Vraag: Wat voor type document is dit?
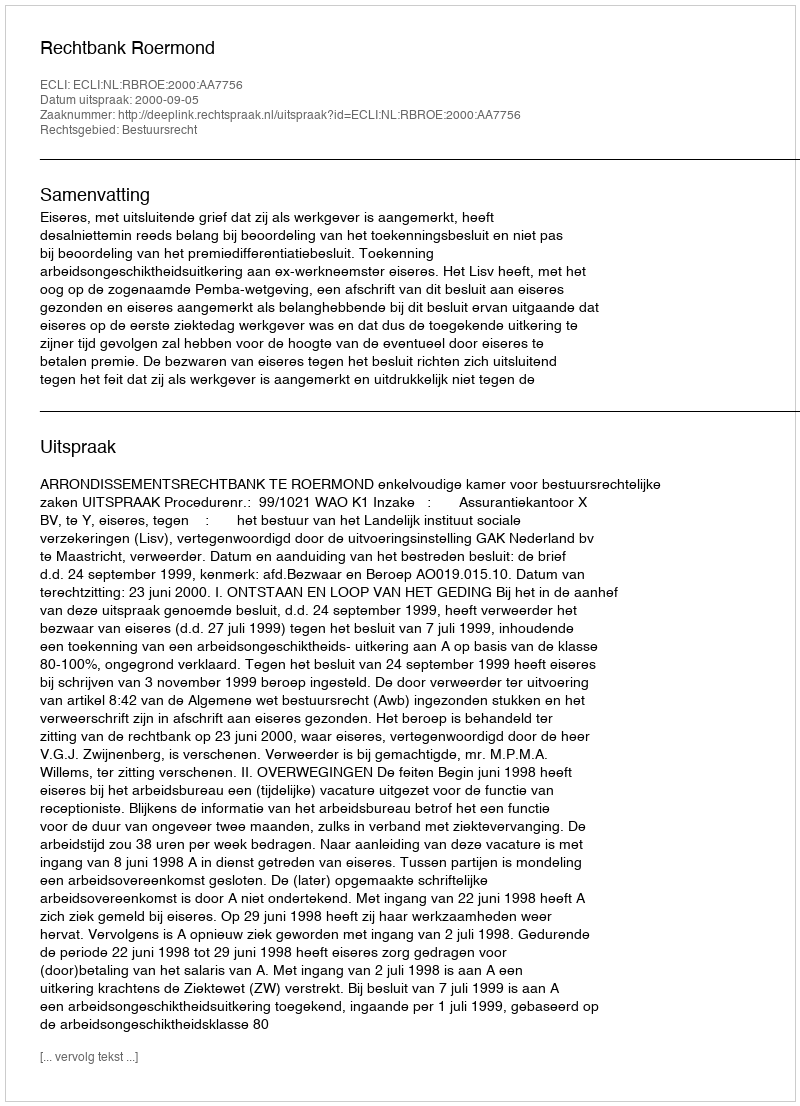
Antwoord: Uitspraak